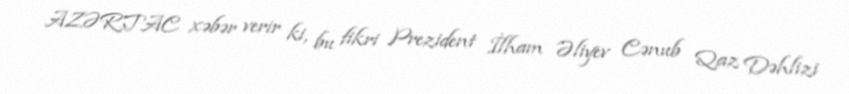
AZƏRTAC xəbər verir ki, bu fikri Prezident İlham Əliyev Cənub Qaz Dəhlizi